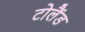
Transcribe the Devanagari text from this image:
टोलैंड